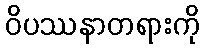
ဝိပဿနာတရားကို